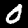
Digit: 0